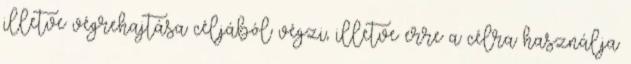
illetve végrehajtása céljából végzi, illetve erre a célra használja